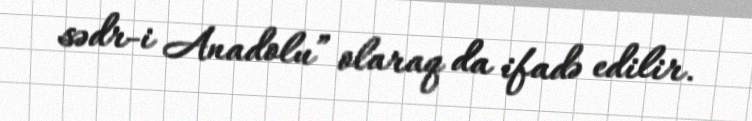
sədr-i Anadolu” olaraq da ifadə edilir.